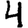
Digit: 4